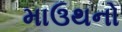
માઉથનો